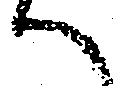
へ